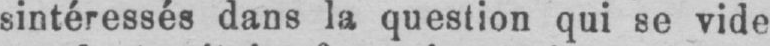
sintéressés dans la question qui se vide